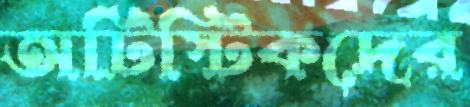
অটিস্টিকদের